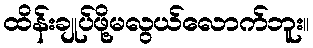
ထိန်းချုပ်ဖို့မလွယ်လောက်ဘူး။